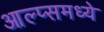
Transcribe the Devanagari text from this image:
आल्प्समध्ये